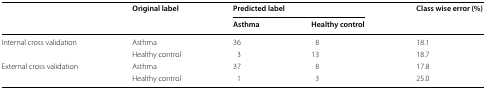
<table><thead><tr><td rowspan="2"></td><td rowspan="2"><b>Original label</b></td><td colspan="2"><b>Predicted label</b></td><td rowspan="2"><b>Class wise error (%)</b></td></tr><tr><td><b>Asthma</b></td><td><b>Healthy control</b></td></tr></thead><tbody><tr><td rowspan="2">Internal cross validation</td><td>Asthma</td><td>36</td><td>8</td><td>18.1</td></tr><tr><td>Healthy control</td><td>3</td><td>13</td><td>18.7</td></tr><tr><td rowspan="2">External cross validation</td><td>Asthma</td><td>37</td><td>8</td><td>17.8</td></tr><tr><td>Healthy control</td><td>1</td><td>3</td><td>25.0</td></tr></tbody></table>